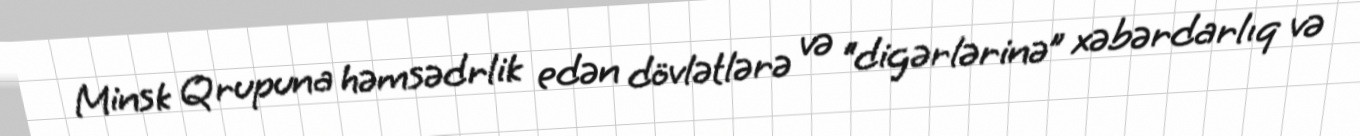
Minsk Qrupuna həmsədrlik edən dövlətlərə və “digərlərinə” xəbərdarlıq və